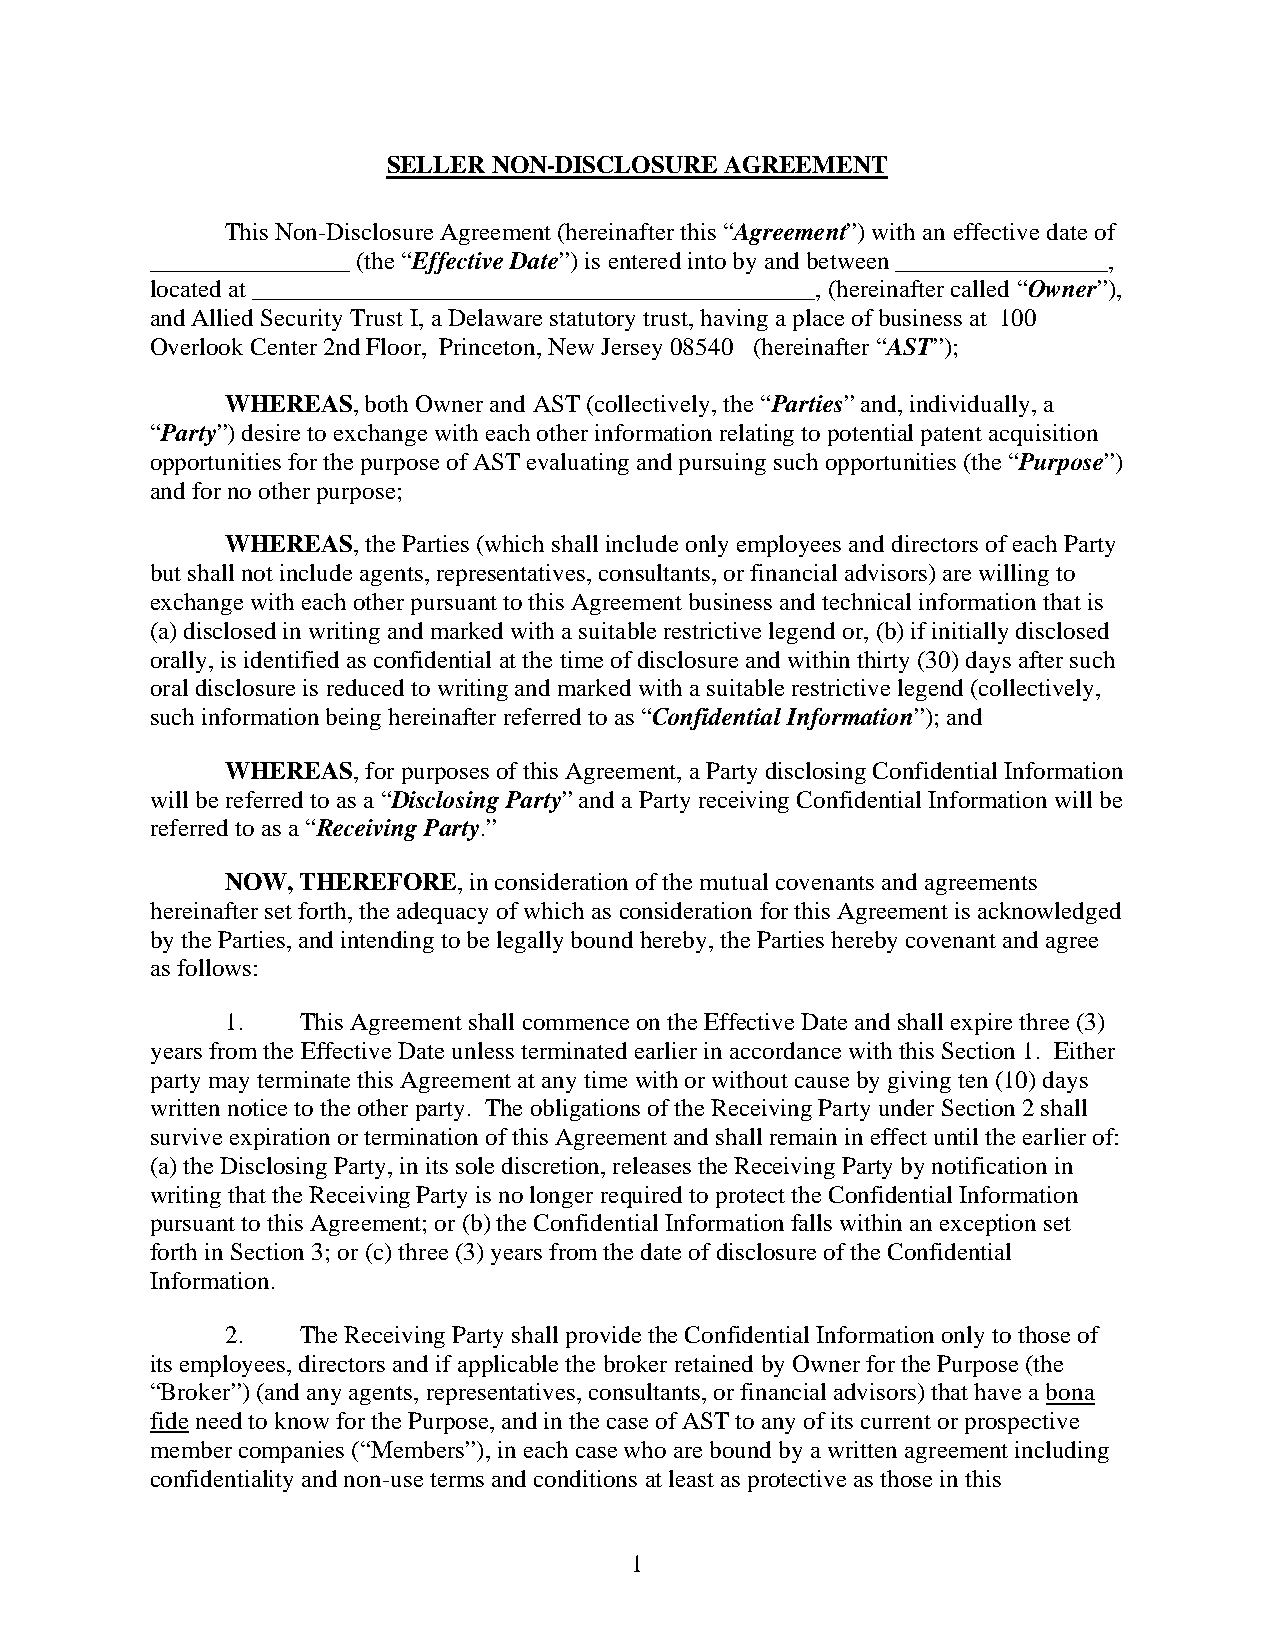
SELLER NON-DISCLOSURE AGREEMENT
 This Non-Disclosure Agreement (hereinafter this “Agreement”) with an effective date of
 ________________ (the “Effective Date”) is entered into by and between _________________,
 located at _____________________________________________, (hereinafter called “Owner”),
 and Allied Security Trust I, a Delaware statutory trust, having a place of business at 100
 Overlook Center 2nd Floor, Princeton, New Jersey 08540 (hereinafter “AST”);
 WHEREAS, both Owner and AST (collectively, the “Parties” and, individually, a
 “Party”) desire to exchange with each other information relating to potential patent acquisition
 opportunities for the purpose of AST evaluating and pursuing such opportunities (the “Purpose”)
 and for no other purpose;
 WHEREAS, the Parties (which shall include only employees and directors of each Party
 but shall not include agents, representatives, consultants, or financial advisors) are willing to
 exchange with each other pursuant to this Agreement business and technical information that is
 (a) disclosed in writing and marked with a suitable restrictive legend or, (b) if initially disclosed
 orally, is identified as confidential at the time of disclosure and within thirty (30) days after such
 oral disclosure is reduced to writing and marked with a suitable restrictive legend (collectively,
 such information being hereinafter referred to as “Confidential Information”); and
 WHEREAS, for purposes of this Agreement, a Party disclosing Confidential Information
 will be referred to as a “Disclosing Party” and a Party receiving Confidential Information will be
 referred to as a “Receiving Party.”
 NOW, THEREFORE, in consideration of the mutual covenants and agreements
 hereinafter set forth, the adequacy of which as consideration for this Agreement is acknowledged
 by the Parties, and intending to be legally bound hereby, the Parties hereby covenant and agree
 as follows:
 1.   This Agreement shall commence on the Effective Date and shall expire three (3)
 years from the Effective Date unless terminated earlier in accordance with this Section 1. Either
 party may terminate this Agreement at any time with or without cause by giving ten (10) days
 written notice to the other party. The obligations of the Receiving Party under Section 2 shall
 survive expiration or termination of this Agreement and shall remain in effect until the earlier of:
 (a) the Disclosing Party, in its sole discretion, releases the Receiving Party by notification in
 writing that the Receiving Party is no longer required to protect the Confidential Information
 pursuant to this Agreement; or (b) the Confidential Information falls within an exception set
 forth in Section 3; or (c) three (3) years from the date of disclosure of the Confidential
 Information.
 2.   The Receiving Party shall provide the Confidential Information only to those of
 its employees, directors and if applicable the broker retained by Owner for the Purpose (the
 “Broker”) (and any agents, representatives, consultants, or financial advisors) that have a bona
 fide need to know for the Purpose, and in the case of AST to any of its current or prospective
 member companies (“Members”), in each case who are bound by a written agreement including
 confidentiality and non-use terms and conditions at least as protective as those in this
 1